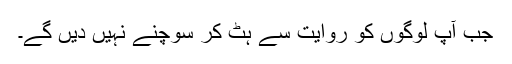
جب آپ لوگوں کو روایت سے ہٹ کر سوچنے نہیں دیں گے۔